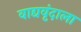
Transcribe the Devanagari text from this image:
वाद्यवृंदाला